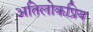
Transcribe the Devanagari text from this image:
अतिलोकप्रिय